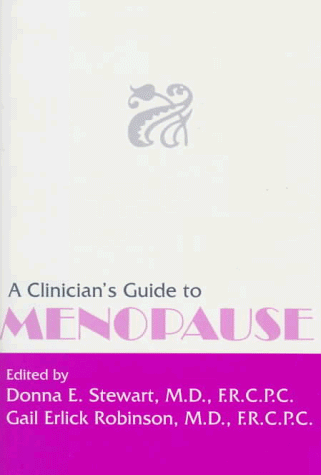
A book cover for A Clinician's Guide to Menopause; Health, Fitness & Dieting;